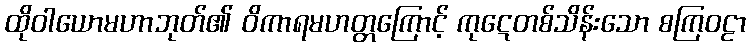
ထိုဝါယောမဟာဘုတ်၏ ဝိကာရမဟတ္တကြောင့် ကုဋေတစ်သိန်းသော စကြဝဠာ